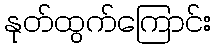
နုတ်ထွက်ကြောင်း